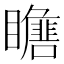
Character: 𱳙